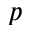
p